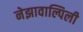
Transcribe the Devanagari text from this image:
नेझावाल्पिली